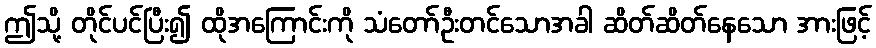
ဤသို့ တိုင်ပင်ပြီး၍ ထိုအကြောင်းကို သံတော်ဦးတင်သောအခါ ဆိတ်ဆိတ်နေသော အားဖြင့်